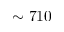
\sim 7 1 0